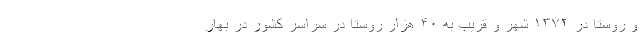
و روستا در ۱۳۷۲ شهر و قریب به ۴۰ هزار روستا در سراسر کشور در بهار